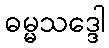
ဓမ္မသဒ္ဒေါ